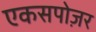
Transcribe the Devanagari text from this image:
एकसपोज़र